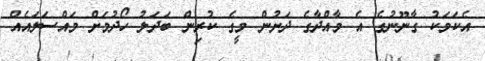
އެކަމަކު ގާނޫނުގެ އެ މާއްދާގެ ދަށުން މީގެ ކުރިން ބަދަލު ހޯދުމަށް މައްސަލައެއް